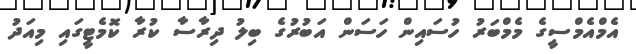
އެމްއެމްސީގެ މެމްބަރު ހުސައިން ހަސަން އަބުރުގެ ބިލު ދިރާސާ ކުރާ ކޮމެޓީގައި މިއަދު